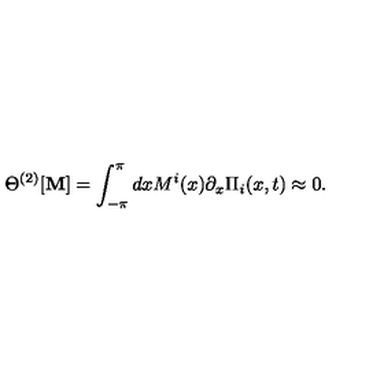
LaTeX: \Theta ^ { ( 2 ) } [ { \bf M } ] = \int _ { - \pi } ^ { \pi } d x M ^ { i } ( x ) \partial _ { x } \Pi _ { i } ( x , t ) \approx 0 .